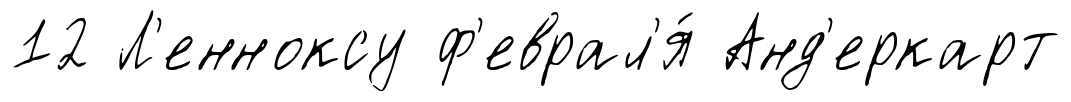
12 Л'енноксу ф'еврал'я́ Анд'еркарт